Senior Leaving Certificate Examination (including Day School Certificate (Higher) General paper), 1946
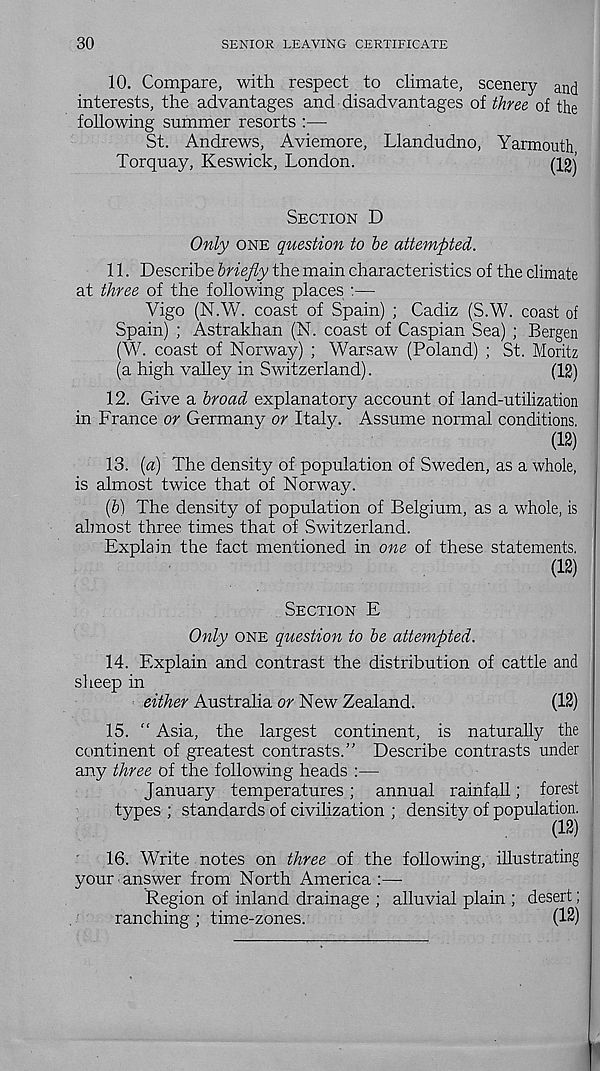
30
SENIOR LEAVING CERTIFICATE
10. Compare, with respect to climate, scenery and
interests, the advantages and disadvantages of three of the
following summer resorts :—
St. Andrews, Aviemore, Llandudno, Yarmouth
Torquay, Keswick, London.
mj
Section D
Only one question to be attempted.
11. Describe briefly the main characteristics of the climate
at three of the following places :—
Vigo (N.W. coast of Spain) ; Cadiz (S.W. coast of
Spain) ; Astrakhan (N. coast of Caspian Sea) ; Bergen
(W. coast of Norway) ; Warsaw (Poland) ; St. Moritz
(a high valley in Switzerland).
(12)
12. Give a broad explanatory account of land-utilization
in France or Germany or Italy. Assume normal conditions.
(12)
13. {a) The density of population of Sweden, as a whole,
is almost twice that of Norway.
(b) The density of population of Belgium, as a whole, is
almost three times that of Switzerland.
Explain the fact mentioned in one of these statements.
(12)
Section E
Only one question to be attempted.
14. Explain and contrast the distribution of cattle and
sheep in
either Australia or New Zealand.
(12)
15. “ Asia, the largest continent, is naturally the
continent of greatest contrasts.” Describe contrasts under
any three of the following heads :—
January temperatures; annual rainfall; forest
types ; standards of civilization ; density of population i
16. Write notes on three of the following, illustrating
your answer from North America :—-
Region of inland drainage ; alluvial plain ; desert;
ranching; time-zones.
(12)